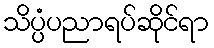
သိပ္ပံပညာရပ်ဆိုင်ရာ